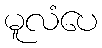
မူလံပေ